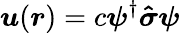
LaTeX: \boldsymbol{u}(\boldsymbol{r})=c\boldsymbol{\psi}^{\dagger}\boldsymbol{\hat{\sigma}}\boldsymbol{\psi}